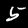
Label: 5